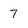
Character: 7